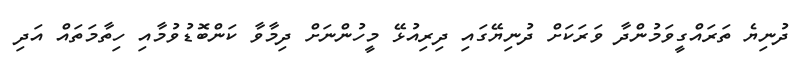
ދުނިޔެ ތަރައްގީވަމުންދާ ވަރަކަށް ދުނިޔޭގައި ދިރިއުޅޭ މީހުންނަށް ދިމާވާ ކަންބޮޑުވުމާއި ހިތާމަތައް އަދި